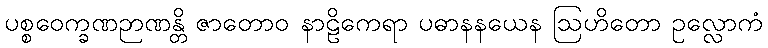
ပစ္စဝေက္ခဏဉာဏန္တိ ဇာတောဝ နာဠိကေရာ ပဓာနနယေန ဩဟိတော ဥလ္လောကံ